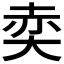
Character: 𡘥